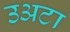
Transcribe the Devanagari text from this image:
उअटा